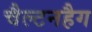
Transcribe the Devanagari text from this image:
चैल्टनहैग